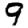
Digit: 9